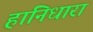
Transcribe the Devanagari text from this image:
हानिधारा